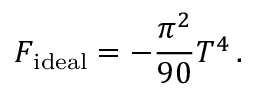
{ \cal F } _ { \mathrm { i d e a l } } = - { \frac { \pi ^ { 2 } } { 9 0 } } T ^ { 4 } \, .